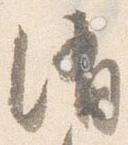
消